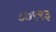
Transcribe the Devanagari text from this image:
८७९९३